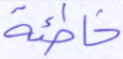
خاطئة